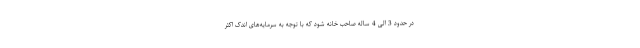
در حدود 3 الی 4 ساله صاحب خانه شود که با توجه به سرمایه‌های اندک اکثر